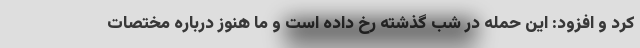
کرد و افزود: این حمله در شب گذشته رخ داده است و ما هنوز درباره مختصات